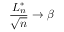
{ \frac { L _ { n } ^ { * } } { \sqrt { n } } } \rightarrow \beta